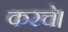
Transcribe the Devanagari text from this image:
करचे।